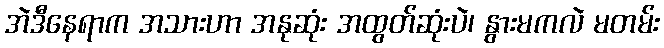
အဲဒီနေရာက အသားဟာ အနုဆုံး အထွတ်ဆုံးပဲ၊ နွားမကလဲ မတမ်း